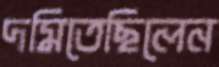
দমিতেছিলেন